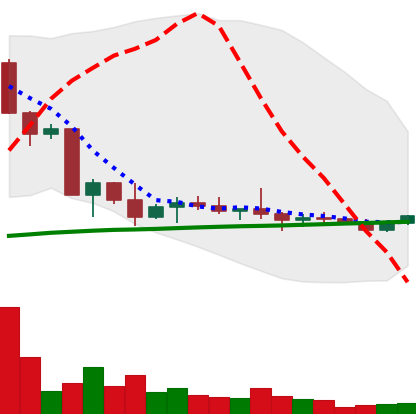
Ticker: ETC-USD
Chart end date: 2022-10-04
Forward return: -3.463%
Label: down_3_5